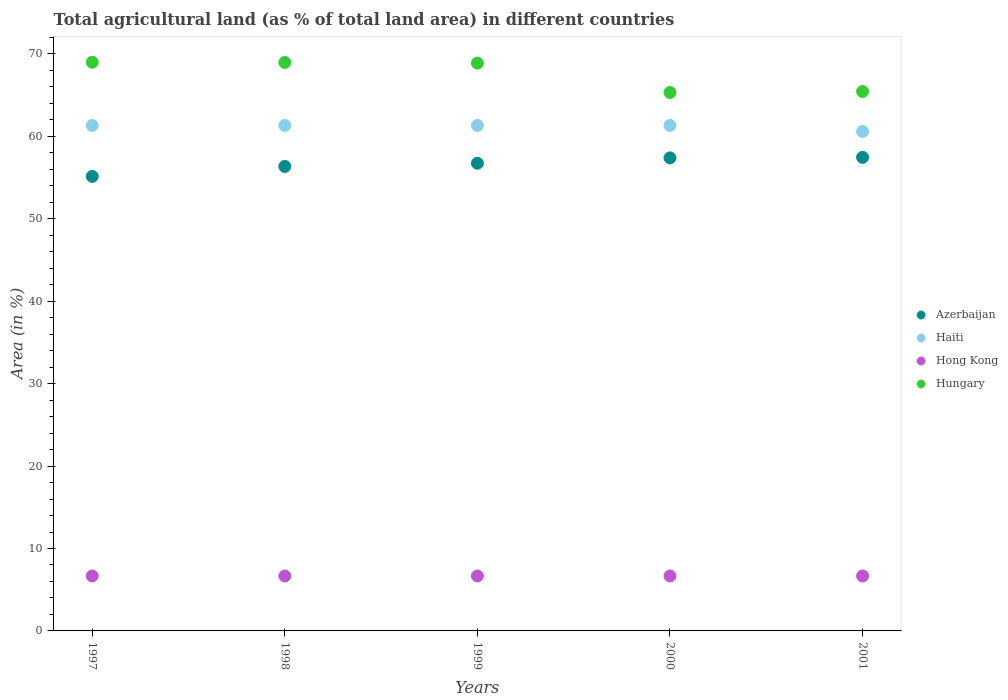
| Years | Azerbaijan | Haiti | Hong Kong | Hungary |
 | --- | --- | --- | --- | --- |
 | 1997 | 55.1 | 61.3 | 6.67 | 69 |
 | 1998 | 56.3 | 61.3 | 6.67 | 69 |
 | 1999 | 56.7 | 61.3 | 6.67 | 68.9 |
 | 2000 | 57.4 | 61.3 | 6.67 | 65.3 |
 | 2001 | 57.5 | 60.6 | 6.67 | 65.4 |